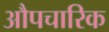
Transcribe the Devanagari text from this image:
अाैपचारिक